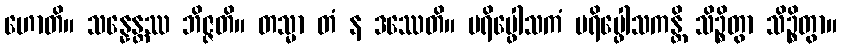
ဟောတိ။ သန္နေန္တဿ ဘိဇ္ဇတိ။ တသ္မာ တံ န ဒဿေတိ။ ပရိပ္ဖေါသကံ ပရိပ္ဖေါသကန္တိ သိဉ္စိတွာ သိဉ္စိတွာ။